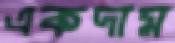
একদাম